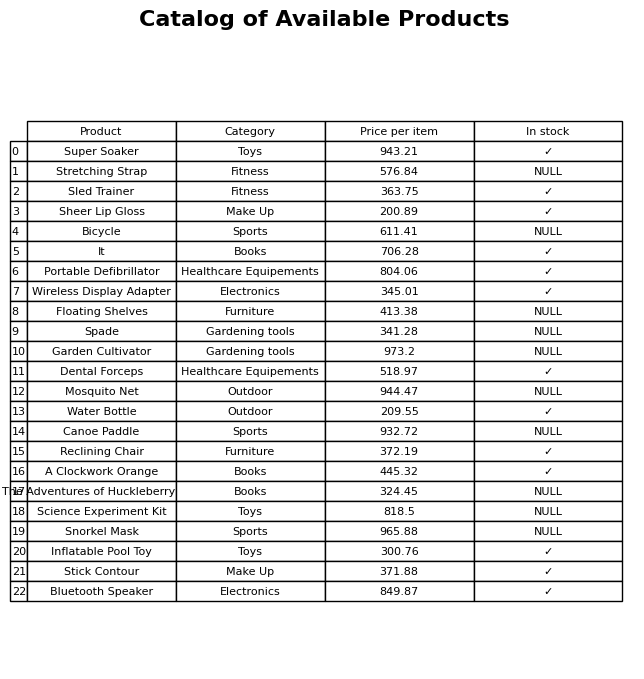
question: What is the price of the Reclining Chair?
answer: The price of Reclining Chair is 372.19.